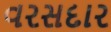
વરસદાર